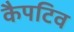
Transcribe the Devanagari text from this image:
कैपटिव